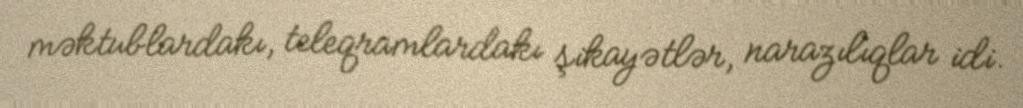
məktublardakı, teleqramlardakı şikayətlər, narazılıqlar idi.